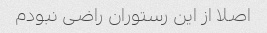
اصلا از این رستوران راضی نبودم